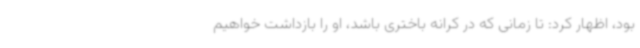
بود، اظهار کرد: تا زمانی که در کرانه باختری باشد، او را بازداشت خواهیم